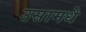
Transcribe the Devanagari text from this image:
उसामधे